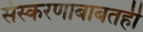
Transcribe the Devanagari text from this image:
संस्करणाबाबतही